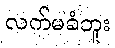
လက်မခံဘူး